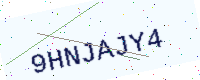
Text: 9HNJAJY4